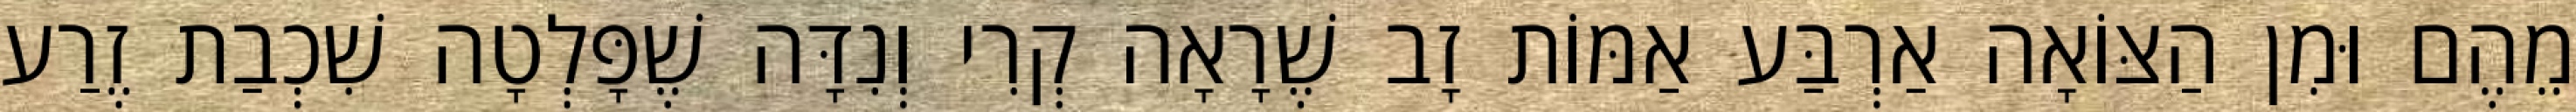
מֵהֶם וּמִן הַצּוֹאָה אַרְבַּע אַמּוֹת זָב שֶׁרָאָה קְרִי וְנִדָּה שֶׁפָּלְטָה שִׁכְבַת זֶרַע